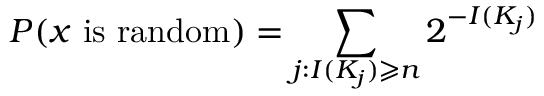
P ( x { \mathrm { ~ i s ~ r a n d o m } } ) = \sum _ { j : I ( K _ { j } ) \geqslant n } 2 ^ { - I ( K _ { j } ) }